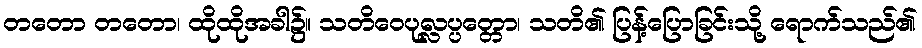
တတော တတော၊ ထိုထိုအခါ၌။ သတိဝေပုလ္လပ္ပတ္တော၊ သတိ၏ ပြန့်ပြောခြင်းသို့ ရောက်သည်၏